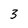
Character: 3